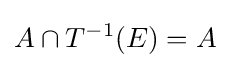
A\cap T^{-1}(E)=A